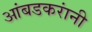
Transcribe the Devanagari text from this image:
आंबडकरांनी